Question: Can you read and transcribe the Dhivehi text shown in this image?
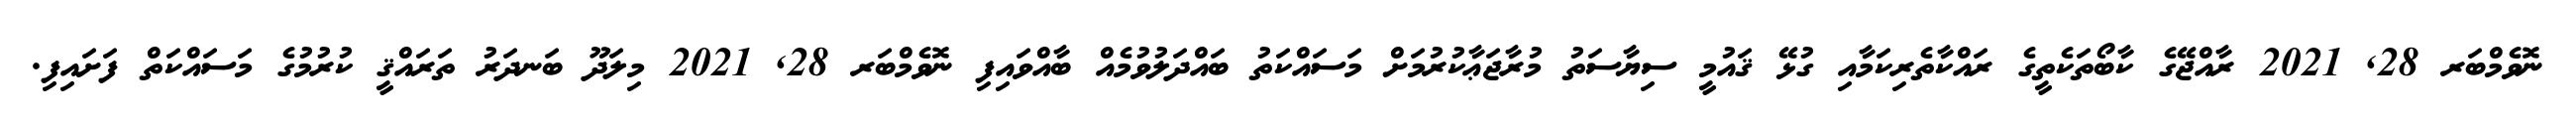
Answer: ނޮވެމްބަރ 28, 2021 ރާއްޖޭގެ ކާބޯތަކެތީގެ ރައްކާތެރިކަމާއި ގުޅޭ ޤައުމީ ސިޔާސަތު މުރާޖަޢާކުރުމަށް މަސައްކަތު ބައްދަލުވުމެއް ބާއްވައިފި ނޮވެމްބަރ 28, 2021 މިލަދޫ ބަނދަރު ތަރައްޤީ ކުރުމުގެ މަސައްކަތް ފަށައިފި.